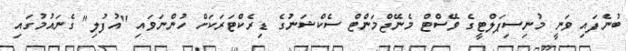
ބުނެފައި ވަނީ މުނިސިޕަލްޓީގެ ވޭސްޓް މެނޭޖްމަންޓް ސެކްޝަނުގެ ޑިރެކްޓަރަކަށް ހުންނަވައި "އުފުލި" ގެނައުމުގައި